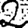
Digit: 2